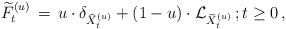
LaTeX: \begin{align*}\, \widetilde{F}_{t}^{(u)} \, =\, u \cdot \delta_{ \widehat{X}_{t}^{(u)}} + ( 1- u) \cdot \mathcal L_{ \widetilde{X}_{t}^{(u)}} \, ; t \ge 0 \, , \end{align*}